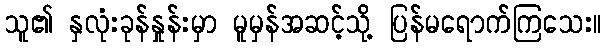
သူ၏ နှလုံးခုန်နှုန်းမှာ မူမှန်အဆင့်သို့ ပြန်မရောက်ကြသေး။